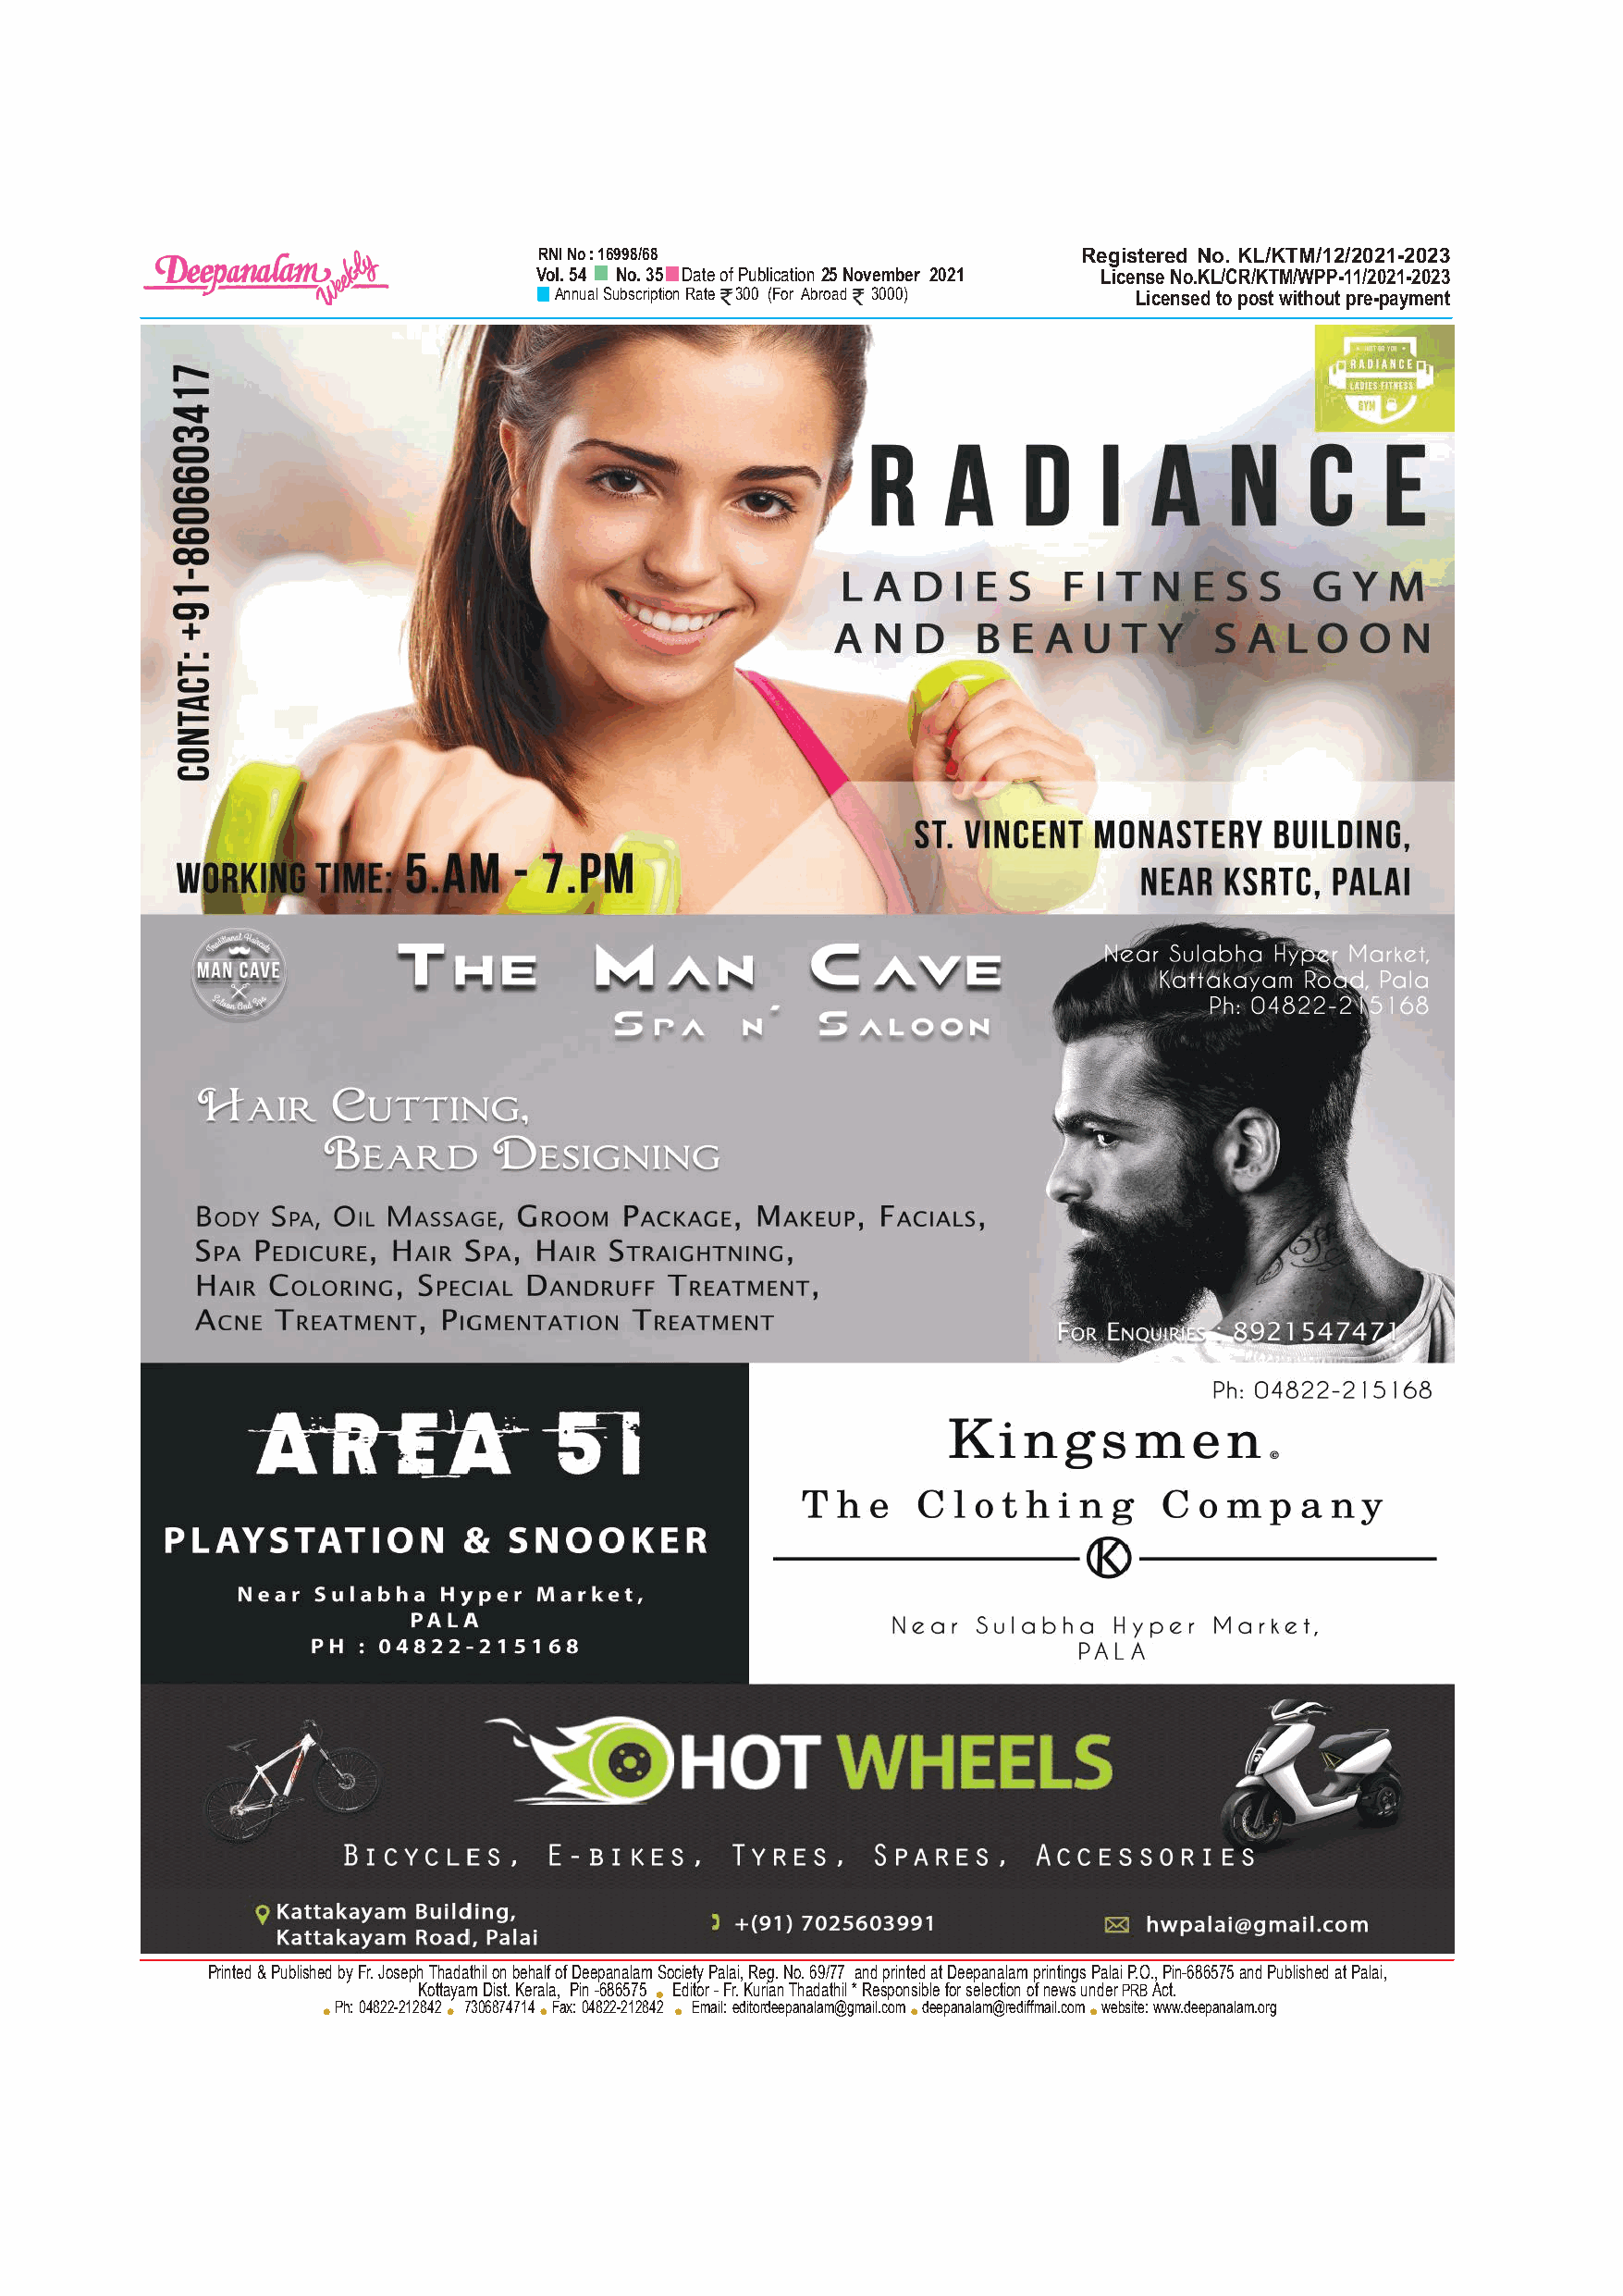
Zo]-\mfw   2021 Unkw_¿ 2                                                                 2200
 RNI No : 16998/68                     Registered No. KL/KTM/12/2021-2023
 Vol. 54 No. 35 Date of Publication 25 November 2021 License No.KL/CR/KTM/WPP-11/2021-2023
 Annual Subscription Rate 300 (For Abroad 3000) Licensed to post without pre-payment
 Printed & Published by Fr. Joseph Thadathil on behalf of Deepanalam Society Palai, Reg. No. 69/77 and printed at Deepanalam printings Palai P.O., Pin-686575 and Published at Palai,
 Kottayam Dist. Kerala, Pin -686575 Editor - Fr. Kurian Thadathil * Responsible for selection of news under PRB Act.
 Ph: 04822-212842 7306874714 Fax: 04822-212842 Email: editordeepanalam@gmail.com deepanalam@rediffmail.com website: www.deepanalam.org